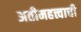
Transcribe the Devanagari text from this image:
अतीमहत्त्वाची